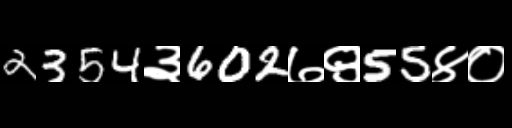
Text: 2354३602७९55४०